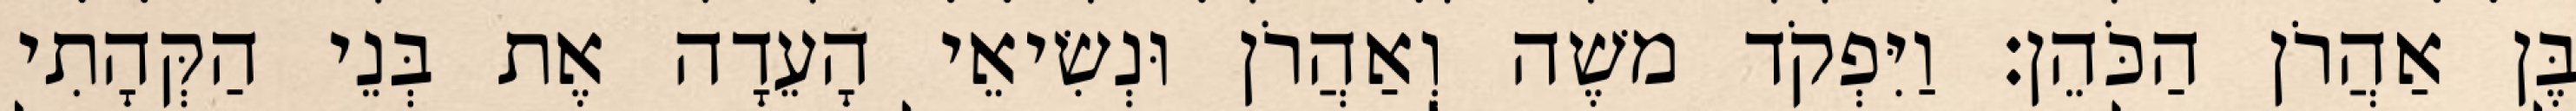
בֶּן אַהֲרֹן הַכֹּהֵן׃ וַיִּפְקֹד משֶׁה וְאַהֲרֹן וּנְשִׂיאֵי הָעֵדָה אֶת בְּנֵי הַקְּהָתִי